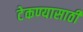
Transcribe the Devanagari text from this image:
टेकण्यासाठी